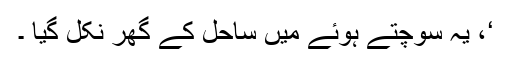
‘، یہ سوچتے ہوئے میں ساحل کے گھر نکل گیا ۔